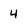
Character: 4